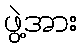
ဖွဲ့အား